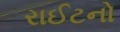
રાઈટનો